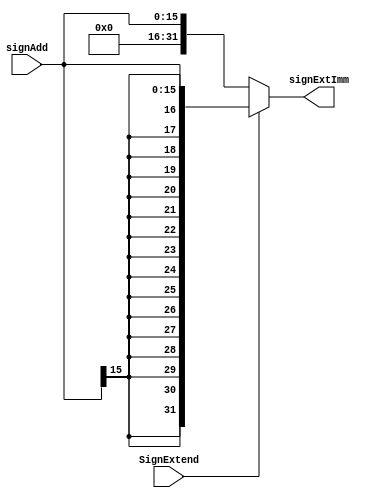
`timescale 1ns / 1ps
//////////////////////////////////////////////////////////////////////////////////
// Company: 
// Engineer: 
// 
// Design Name: 
// Module Name:    SignExtender 
// Project Name: 
// Target Devices: 
// Tool versions: 
// Description: 
//
// Dependencies: 
//
// Revision: 
// Revision 0.01 - File Created
// Additional Comments: 
//
//////////////////////////////////////////////////////////////////////////////////
module SignExtender(signExtImm, signAdd, SignExtend);
	input [15:0] signAdd;
	input SignExtend;
	output [31:0] signExtImm;
	// Check the sign extension control signal and extend offset value
	assign signExtImm = (SignExtend) ? {{16{signAdd[15]}},signAdd[15:0]} : {16'h0000,signAdd[15:0]};
endmodule